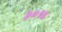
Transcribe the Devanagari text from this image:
३०९६